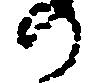
の